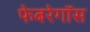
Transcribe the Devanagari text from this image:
फेबरेगॉस